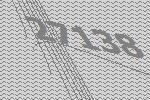
27138